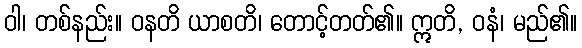
ဝါ၊ တစ်နည်း။ ဝနတိ ယာစတိ၊ တောင့်တတ်၏။ ဣတိ, ဝနံ၊ မည်၏။